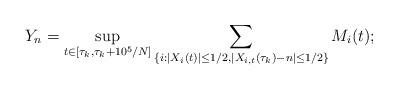
LaTeX: \begin{align*}Y_n = \sup_{t \in [\tau_k,\tau_k+10^5/N]} \sum_{\{i: |X_i(t)| \le 1/2, |X_{i,t}(\tau_k)-n| \le 1/2\}} M_i(t); \end{align*}